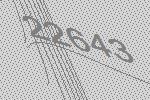
22643